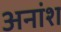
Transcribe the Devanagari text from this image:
अनांश